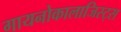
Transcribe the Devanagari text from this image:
गायनोकालाजिस्ट्स